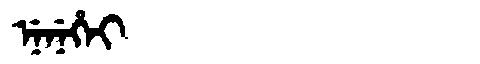
Manchu: ᠨᡝᠨᡝᡥᡝᡳ
Romanization: NENEHEI